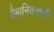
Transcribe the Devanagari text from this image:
वैमानिकसाठी